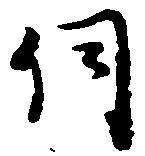
伺